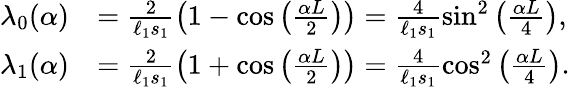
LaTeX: \begin{array}{rl}{\lambda_{0}(\alpha)}&{=\frac{2}{\ell_{1}s_{1}}\left(1-\cos\left(\frac{\alpha L}{2}\right)\right)=\frac{4}{\ell_{1}s_{1}}\sin^{2}\left(\frac{\alpha L}{4}\right),}\\ {\lambda_{1}(\alpha)}&{=\frac{2}{\ell_{1}s_{1}}\left(1+\cos\left(\frac{\alpha L}{2}\right)\right)=\frac{4}{\ell_{1}s_{1}}\cos^{2}\left(\frac{\alpha L}{4}\right).}\end{array}